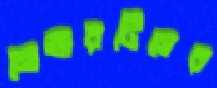
নোভারটিসের